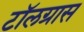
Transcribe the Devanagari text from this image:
टॉलग्रास